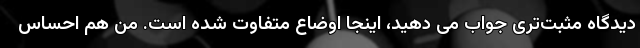
دیدگاه مثبت‌تری جواب می دهید، اینجا اوضاع متفاوت شده است. من هم احساس